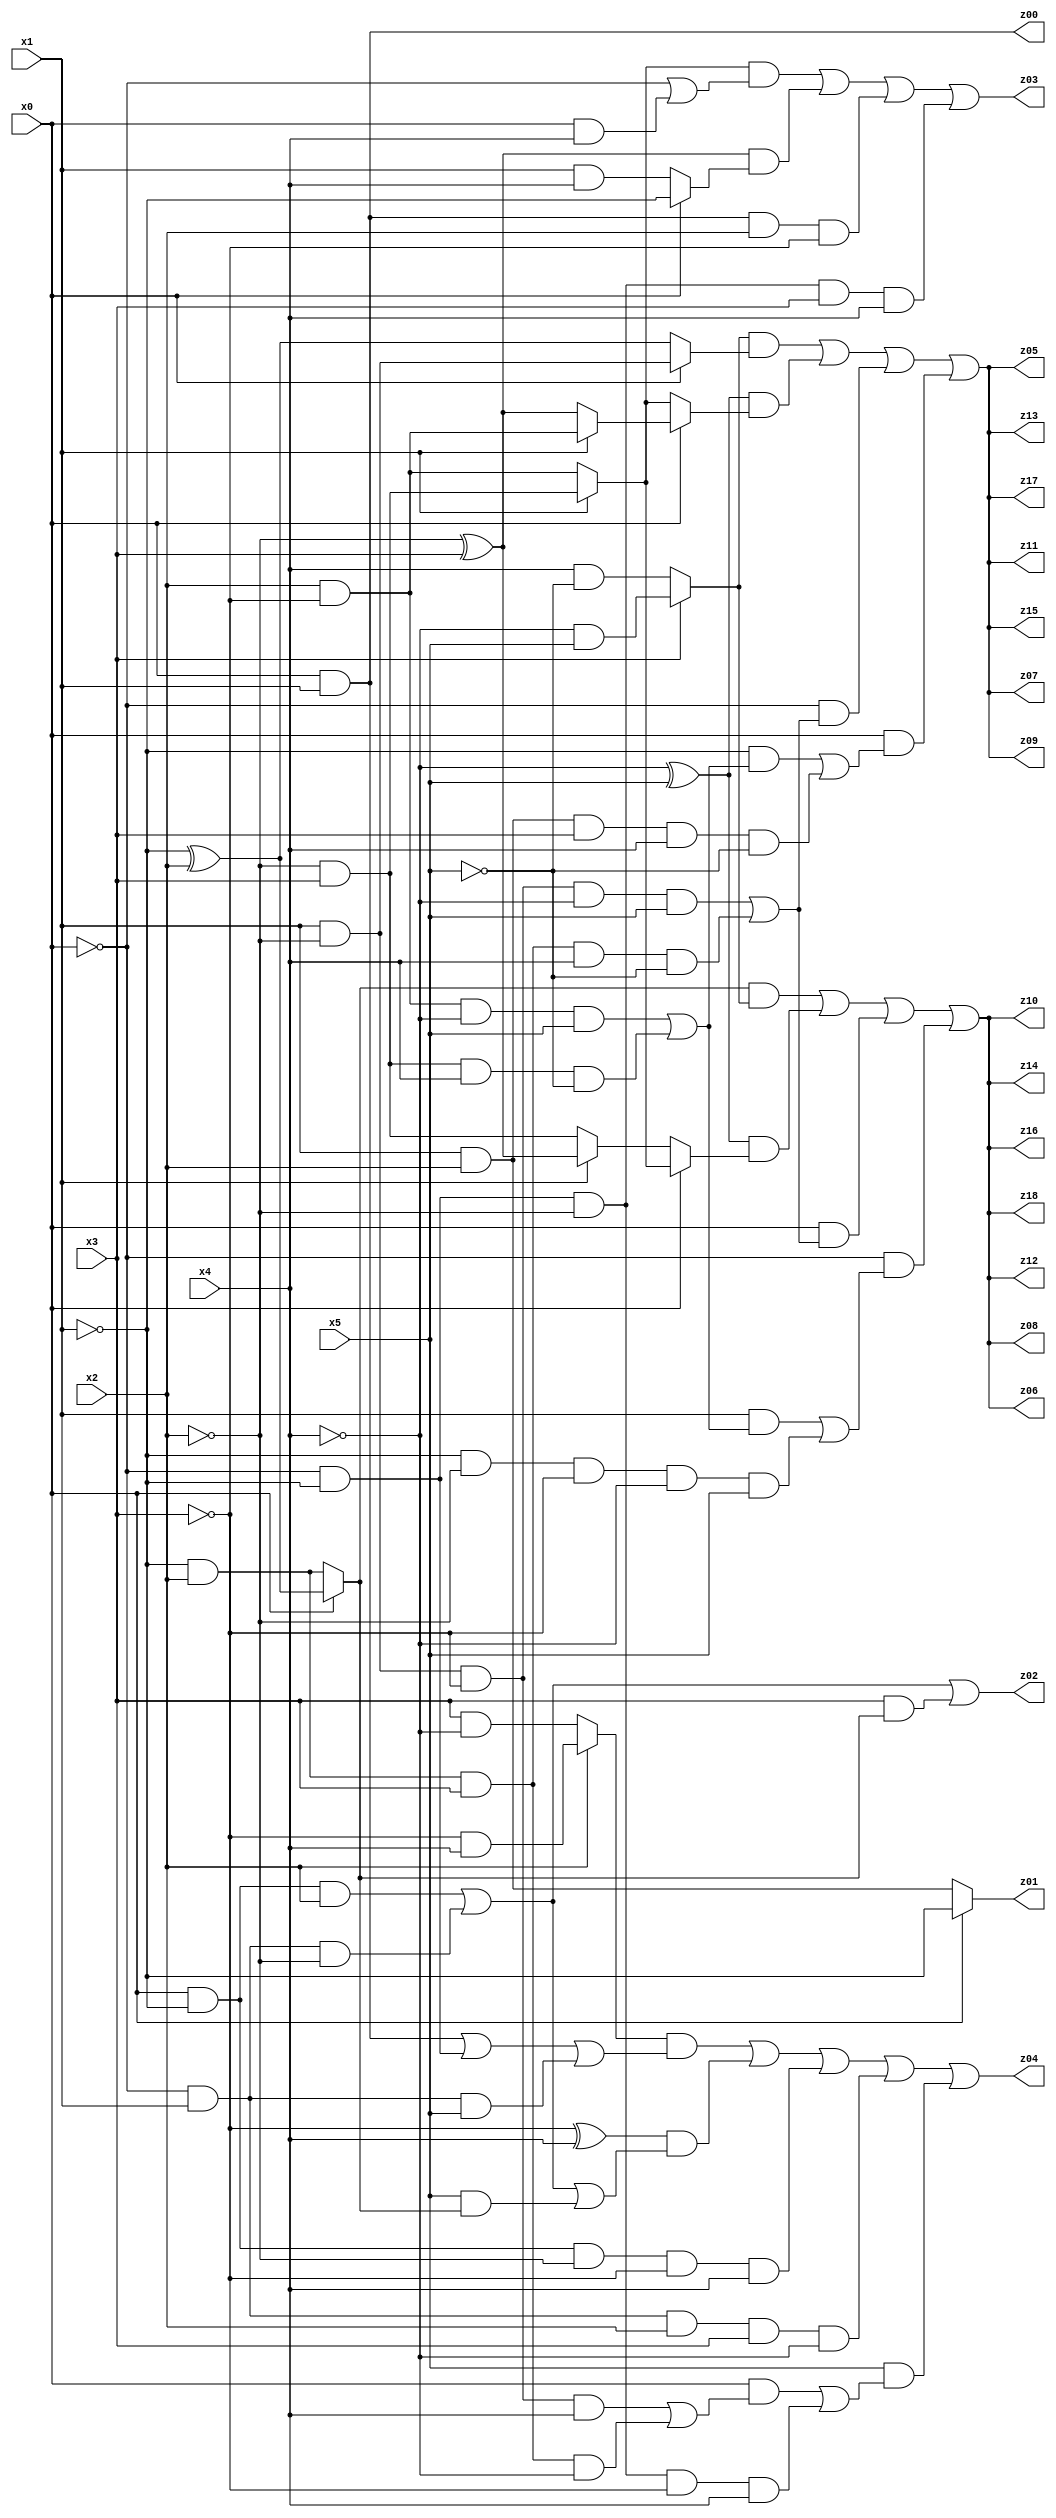
// Benchmark "q_3" written by ABC on Thu Jul 06 14:14:36 2023

module q_3 ( 
    x0, x1, x2, x3, x4, x5,
    z00, z01, z02, z03, z04, z05, z06, z07, z08, z09, z10, z11, z12, z13,
    z14, z15, z16, z17, z18  );
  input  x0, x1, x2, x3, x4, x5;
  output z00, z01, z02, z03, z04, z05, z06, z07, z08, z09, z10, z11, z12, z13,
    z14, z15, z16, z17, z18;
  assign z00 = x0 & x1;
  assign z01 = x0 ? ~x1 : (x1 & x2);
  assign z02 = (x0 & ~x1 & x2) | (~x0 & x1 & ~x2) | (x3 & (x0 ? (~x1 ^ x2) : (~x1 & x2)));
  assign z03 = ((x1 ? (~x2 & x3) : (x2 & ~x3)) & (~x0 | (x0 & x4))) | ((~x2 ^ x3) & (x0 ? ~x1 : (x1 & x4))) | (x0 & x1 & x2 & ~x3) | (~x0 & ~x1 & ~x2 & x3 & x4);
  assign z04 = ((x2 ? (~x3 & x4) : (x3 & ~x4)) & ((x0 & x1) | (~x0 & ~x1) | (~x0 & x1 & x5))) | ((~x3 ^ x4) & ((x0 & ~x1 & x2) | (~x0 & x1 & ~x2) | (x5 & (x0 ? (~x1 ^ x2) : (~x1 & x2))))) | (x0 & ~x1 & ~x2 & ~x3 & x4) | (~x0 & x1 & x2 & x3 & ~x4) | (x5 & ((x0 & ((x1 & ~x2 & ~x3 & x4) | (~x1 & x2 & x3 & ~x4))) | (~x0 & ~x1 & ~x2 & ~x3 & x4)));
  assign z05 = ((x3 ? (~x4 & x5) : (x4 & ~x5)) & (x0 ? (x1 & ~x2) : (~x1 ^ x2))) | ((~x4 ^ x5) & (x0 ? (x1 ? (x2 & ~x3) : (~x2 ^ x3)) : (x1 ? (~x2 & x3) : (x2 & ~x3)))) | (~x0 & ((x1 & ~x2 & ~x3 & ~x4 & x5) | (~x1 & x2 & x3 & x4 & ~x5))) | (x0 & ((~x1 & ((x2 & ~x3 & ~x4 & x5) | (~x2 & x3 & x4 & ~x5))) | (x1 & x2 & x3 & x4 & ~x5)));
  assign z06 = ((x0 ? (~x1 ^ x2) : (~x1 & x2)) & (x3 ? (~x4 & x5) : (x4 & ~x5))) | ((~x4 ^ x5) & (x0 ? (x1 ? (~x2 & x3) : (x2 & ~x3)) : (x1 ? (~x2 ^ x3) : (~x2 & x3)))) | (x0 & ((x1 & ~x2 & ~x3 & ~x4 & x5) | (~x1 & x2 & x3 & x4 & ~x5))) | (~x0 & ((x1 & ((x2 & ~x3 & ~x4 & x5) | (~x2 & x3 & x4 & ~x5))) | (~x1 & ~x2 & ~x3 & ~x4 & x5)));
  assign z07 = ((x3 ? (~x4 & x5) : (x4 & ~x5)) & (x0 ? (x1 & ~x2) : (~x1 ^ x2))) | ((~x4 ^ x5) & (x0 ? (x1 ? (x2 & ~x3) : (~x2 ^ x3)) : (x1 ? (~x2 & x3) : (x2 & ~x3)))) | (~x0 & ((x1 & ~x2 & ~x3 & ~x4 & x5) | (~x1 & x2 & x3 & x4 & ~x5))) | (x0 & ((~x1 & ((x2 & ~x3 & ~x4 & x5) | (~x2 & x3 & x4 & ~x5))) | (x1 & x2 & x3 & x4 & ~x5)));
  assign z08 = ((x0 ? (~x1 ^ x2) : (~x1 & x2)) & (x3 ? (~x4 & x5) : (x4 & ~x5))) | ((~x4 ^ x5) & (x0 ? (x1 ? (~x2 & x3) : (x2 & ~x3)) : (x1 ? (~x2 ^ x3) : (~x2 & x3)))) | (x0 & ((x1 & ~x2 & ~x3 & ~x4 & x5) | (~x1 & x2 & x3 & x4 & ~x5))) | (~x0 & ((x1 & ((x2 & ~x3 & ~x4 & x5) | (~x2 & x3 & x4 & ~x5))) | (~x1 & ~x2 & ~x3 & ~x4 & x5)));
  assign z09 = ((x3 ? (~x4 & x5) : (x4 & ~x5)) & (x0 ? (x1 & ~x2) : (~x1 ^ x2))) | ((~x4 ^ x5) & (x0 ? (x1 ? (x2 & ~x3) : (~x2 ^ x3)) : (x1 ? (~x2 & x3) : (x2 & ~x3)))) | (~x0 & ((x1 & ~x2 & ~x3 & ~x4 & x5) | (~x1 & x2 & x3 & x4 & ~x5))) | (x0 & ((~x1 & ((x2 & ~x3 & ~x4 & x5) | (~x2 & x3 & x4 & ~x5))) | (x1 & x2 & x3 & x4 & ~x5)));
  assign z10 = ((x0 ? (~x1 ^ x2) : (~x1 & x2)) & (x3 ? (~x4 & x5) : (x4 & ~x5))) | ((~x4 ^ x5) & (x0 ? (x1 ? (~x2 & x3) : (x2 & ~x3)) : (x1 ? (~x2 ^ x3) : (~x2 & x3)))) | (x0 & ((x1 & ~x2 & ~x3 & ~x4 & x5) | (~x1 & x2 & x3 & x4 & ~x5))) | (~x0 & ((x1 & ((x2 & ~x3 & ~x4 & x5) | (~x2 & x3 & x4 & ~x5))) | (~x1 & ~x2 & ~x3 & ~x4 & x5)));
  assign z11 = ((x3 ? (~x4 & x5) : (x4 & ~x5)) & (x0 ? (x1 & ~x2) : (~x1 ^ x2))) | ((~x4 ^ x5) & (x0 ? (x1 ? (x2 & ~x3) : (~x2 ^ x3)) : (x1 ? (~x2 & x3) : (x2 & ~x3)))) | (~x0 & ((x1 & ~x2 & ~x3 & ~x4 & x5) | (~x1 & x2 & x3 & x4 & ~x5))) | (x0 & ((~x1 & ((x2 & ~x3 & ~x4 & x5) | (~x2 & x3 & x4 & ~x5))) | (x1 & x2 & x3 & x4 & ~x5)));
  assign z12 = ((x0 ? (~x1 ^ x2) : (~x1 & x2)) & (x3 ? (~x4 & x5) : (x4 & ~x5))) | ((~x4 ^ x5) & (x0 ? (x1 ? (~x2 & x3) : (x2 & ~x3)) : (x1 ? (~x2 ^ x3) : (~x2 & x3)))) | (x0 & ((x1 & ~x2 & ~x3 & ~x4 & x5) | (~x1 & x2 & x3 & x4 & ~x5))) | (~x0 & ((x1 & ((x2 & ~x3 & ~x4 & x5) | (~x2 & x3 & x4 & ~x5))) | (~x1 & ~x2 & ~x3 & ~x4 & x5)));
  assign z13 = ((x3 ? (~x4 & x5) : (x4 & ~x5)) & (x0 ? (x1 & ~x2) : (~x1 ^ x2))) | ((~x4 ^ x5) & (x0 ? (x1 ? (x2 & ~x3) : (~x2 ^ x3)) : (x1 ? (~x2 & x3) : (x2 & ~x3)))) | (~x0 & ((x1 & ~x2 & ~x3 & ~x4 & x5) | (~x1 & x2 & x3 & x4 & ~x5))) | (x0 & ((~x1 & ((x2 & ~x3 & ~x4 & x5) | (~x2 & x3 & x4 & ~x5))) | (x1 & x2 & x3 & x4 & ~x5)));
  assign z14 = ((x0 ? (~x1 ^ x2) : (~x1 & x2)) & (x3 ? (~x4 & x5) : (x4 & ~x5))) | ((~x4 ^ x5) & (x0 ? (x1 ? (~x2 & x3) : (x2 & ~x3)) : (x1 ? (~x2 ^ x3) : (~x2 & x3)))) | (x0 & ((x1 & ~x2 & ~x3 & ~x4 & x5) | (~x1 & x2 & x3 & x4 & ~x5))) | (~x0 & ((x1 & ((x2 & ~x3 & ~x4 & x5) | (~x2 & x3 & x4 & ~x5))) | (~x1 & ~x2 & ~x3 & ~x4 & x5)));
  assign z15 = ((x3 ? (~x4 & x5) : (x4 & ~x5)) & (x0 ? (x1 & ~x2) : (~x1 ^ x2))) | ((~x4 ^ x5) & (x0 ? (x1 ? (x2 & ~x3) : (~x2 ^ x3)) : (x1 ? (~x2 & x3) : (x2 & ~x3)))) | (~x0 & ((x1 & ~x2 & ~x3 & ~x4 & x5) | (~x1 & x2 & x3 & x4 & ~x5))) | (x0 & ((~x1 & ((x2 & ~x3 & ~x4 & x5) | (~x2 & x3 & x4 & ~x5))) | (x1 & x2 & x3 & x4 & ~x5)));
  assign z16 = ((x0 ? (~x1 ^ x2) : (~x1 & x2)) & (x3 ? (~x4 & x5) : (x4 & ~x5))) | ((~x4 ^ x5) & (x0 ? (x1 ? (~x2 & x3) : (x2 & ~x3)) : (x1 ? (~x2 ^ x3) : (~x2 & x3)))) | (x0 & ((x1 & ~x2 & ~x3 & ~x4 & x5) | (~x1 & x2 & x3 & x4 & ~x5))) | (~x0 & ((x1 & ((x2 & ~x3 & ~x4 & x5) | (~x2 & x3 & x4 & ~x5))) | (~x1 & ~x2 & ~x3 & ~x4 & x5)));
  assign z17 = ((x3 ? (~x4 & x5) : (x4 & ~x5)) & (x0 ? (x1 & ~x2) : (~x1 ^ x2))) | ((~x4 ^ x5) & (x0 ? (x1 ? (x2 & ~x3) : (~x2 ^ x3)) : (x1 ? (~x2 & x3) : (x2 & ~x3)))) | (~x0 & ((x1 & ~x2 & ~x3 & ~x4 & x5) | (~x1 & x2 & x3 & x4 & ~x5))) | (x0 & ((~x1 & ((x2 & ~x3 & ~x4 & x5) | (~x2 & x3 & x4 & ~x5))) | (x1 & x2 & x3 & x4 & ~x5)));
  assign z18 = ((x0 ? (~x1 ^ x2) : (~x1 & x2)) & (x3 ? (~x4 & x5) : (x4 & ~x5))) | ((~x4 ^ x5) & (x0 ? (x1 ? (~x2 & x3) : (x2 & ~x3)) : (x1 ? (~x2 ^ x3) : (~x2 & x3)))) | (x0 & ((x1 & ~x2 & ~x3 & ~x4 & x5) | (~x1 & x2 & x3 & x4 & ~x5))) | (~x0 & ((x1 & ((x2 & ~x3 & ~x4 & x5) | (~x2 & x3 & x4 & ~x5))) | (~x1 & ~x2 & ~x3 & ~x4 & x5)));
endmodule